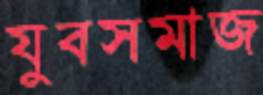
যুবসমাজ